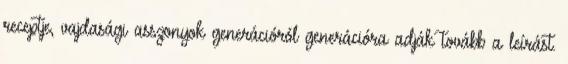
receptje, vajdasági asszonyok generációról generációra adják tovább a leírást.